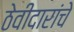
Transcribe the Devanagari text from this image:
ठेवीदारांचे